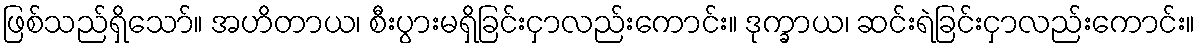
ဖြစ်သည်ရှိသော်။ အဟိတာယ၊ စီးပွားမရှိခြင်းငှာလည်းကောင်း။ ဒုက္ခာယ၊ ဆင်းရဲခြင်းငှာလည်းကောင်း။